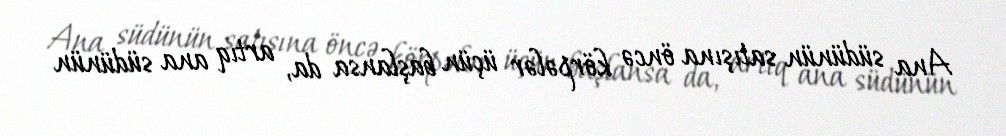
Ana südünün satışına öncə körpələr üçün başlansa da, artıq ana südünün